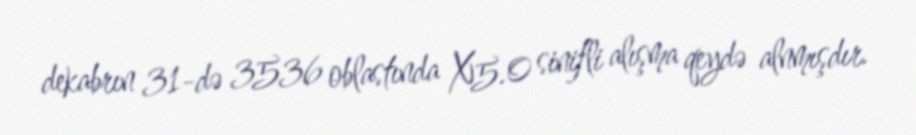
dekabrın 31-də 3536 oblastında X5.0 sinifli alışma qeydə alnmışdır.